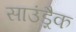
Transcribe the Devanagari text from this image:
साउंड़्रैक